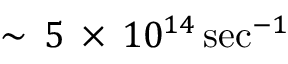
\sim \, 5 \, \times \, 1 0 ^ { 1 4 } \, \mathrm { s e c } ^ { - 1 }